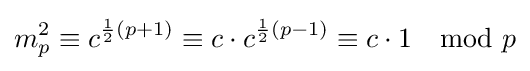
m_{p}^{2}\equiv c^{{\frac {1}{2}}(p+1)}\equiv c\cdot c^{{\frac {1}{2}}(p-1)}\equiv c\cdot 1\mod p